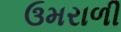
ઉમરાળી